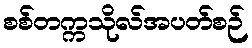
စစ်တက္ကသိုလ်အပတ်စဉ်